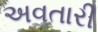
અવતારી